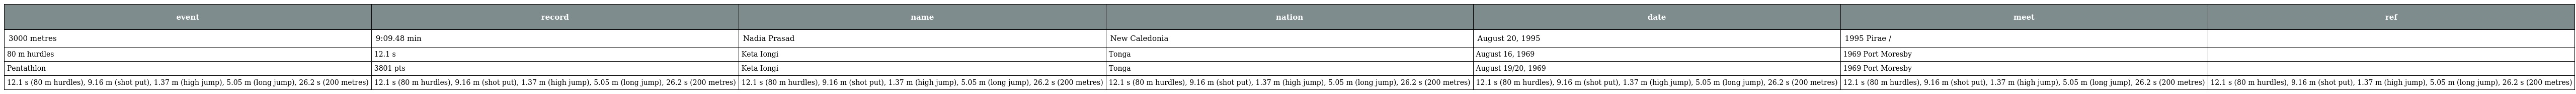
| event | record | name | nation | date | meet | ref |
 | --- | --- | --- | --- | --- | --- | --- |
 | 3000 metres | 9:09.48 min | Nadia Prasad | New Caledonia | August 20, 1995 | 1995 Pirae / |  |
 | 80 m hurdles | 12.1 s | Keta Iongi | Tonga | August 16, 1969 | 1969 Port Moresby |  |
 | Pentathlon | 3801 pts | Keta Iongi | Tonga | August 19/20, 1969 | 1969 Port Moresby |  |
 | 12.1 s (80 m hurdles), 9.16 m (shot put), 1.37 m (high jump), 5.05 m (long jump), 26.2 s (200 metres) | 12.1 s (80 m hurdles), 9.16 m (shot put), 1.37 m (high jump), 5.05 m (long jump), 26.2 s (200 metres) | 12.1 s (80 m hurdles), 9.16 m (shot put), 1.37 m (high jump), 5.05 m (long jump), 26.2 s (200 metres) | 12.1 s (80 m hurdles), 9.16 m (shot put), 1.37 m (high jump), 5.05 m (long jump), 26.2 s (200 metres) | 12.1 s (80 m hurdles), 9.16 m (shot put), 1.37 m (high jump), 5.05 m (long jump), 26.2 s (200 metres) | 12.1 s (80 m hurdles), 9.16 m (shot put), 1.37 m (high jump), 5.05 m (long jump), 26.2 s (200 metres) | 12.1 s (80 m hurdles), 9.16 m (shot put), 1.37 m (high jump), 5.05 m (long jump), 26.2 s (200 metres) |